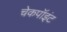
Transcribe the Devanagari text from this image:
चेकपॉइंट